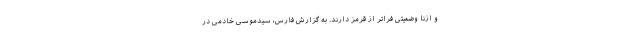
و ازنا وضعیتی فراتر از قرمز دارند. به گزارش فارس، سیدموسی خادمی در